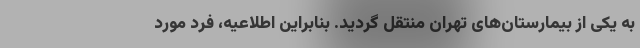
به یکی از بیمارستان‌های تهران منتقل گردید. بنابراین اطلاعیه، فرد مورد